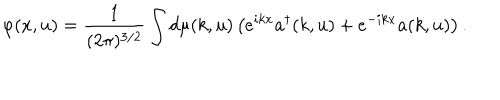
\varphi ( x , u ) = \frac { 1 } { ( 2 \pi ) ^ { 3 / 2 } } \int d \mu ( k , u ) \left( e ^ { i k x } a ^ { \dagger } ( k , u ) + e ^ { - i k x } a ( k , u ) \right) .